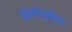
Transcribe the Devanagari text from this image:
होलोथूरॉइड